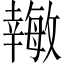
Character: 𪪉